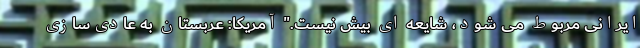
ایرانی مربوط می شود، شایعه ای بیش نیست." آمریکا: عربستان به عادی‌سازی